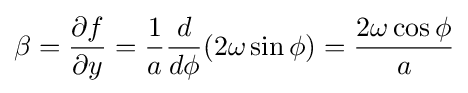
\beta ={\frac {\partial f}{\partial y}}={\frac {1}{a}}{\frac {d}{d\phi }}(2\omega \sin \phi )={\frac {2\omega \cos \phi }{a}}